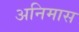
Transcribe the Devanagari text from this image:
अनिमास